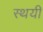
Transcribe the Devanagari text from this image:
स्थयी